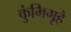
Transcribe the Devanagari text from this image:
कुंभिगृहे